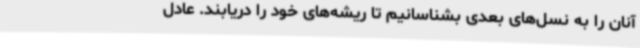
آنان را به نسل‌های بعدی بشناسانیم تا ریشه‌های خود را دریابند. عادل